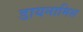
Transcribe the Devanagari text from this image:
डायनामिस